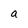
Character: a